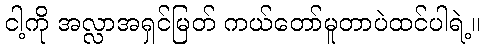
ငါ့ကို အလ္လာအရှင်မြတ် ကယ်တော်မူတာပဲထင်ပါရဲ့။